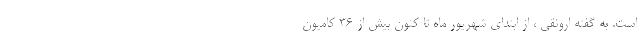
است. به گفته ارونقی ، از ابتدای شهریور ماه تا کنون بیش از 36 کامیون